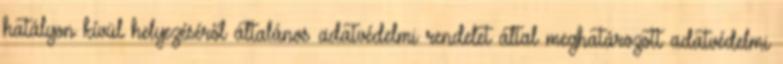
hatályon kívül helyezéséről általános adatvédelmi rendelet által meghatározott adatvédelmi